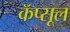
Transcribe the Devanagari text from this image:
कॅप्सूल